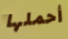
أحملها